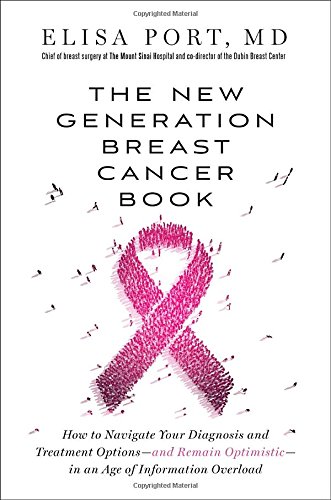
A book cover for The New Generation Breast Cancer Book: How to Navigate Your Diagnosis and Treatment Options-and Remain Optimistic-in an Age of Information Overload; Dr. Elisa Port; Health, Fitness & Dieting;